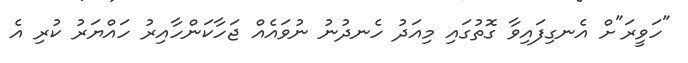
"ހަވީރަ"ށް އެނގިފައިވާ ގޮތުގައި މިއަދު ހެނދުނު ނުވައެއް ޖަހާކަންހާއިރު ހައްޔަރު ކުރި އެ